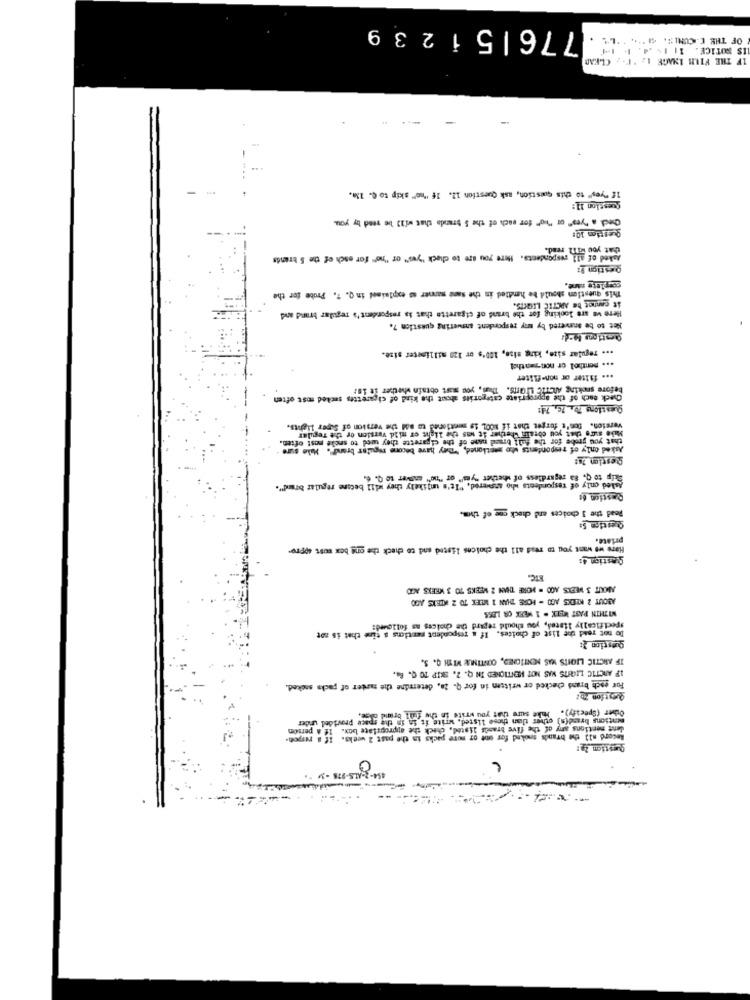
7761512
3 9
OF THE C-CCUNIS. " ". "LL
IS NOTICE. 11 1-4. 1. 14
IF THE FILM INAGE 1. "F. , CLEAR
-
12 "yes" to this question, ask Question 12. If "no" skip to 0. 13.
Question 11:
and a "year" or "he" for each of the $ brando that will be read by you
Question 10:
Asked of all respondents. Here you are to check "yes" or "he" for each of the 5 brands
Qestion 9:
couplets sane.
This question should be handled in the Same manner as explained in Q. 7. Probe for the
it cannot be ARCTIC LIGTIS.
Here we are looking for the brand of cigarette that is respondent's regular brand and
Net to be answered by any respondent answering question 7.
... Tegular size, king size, 100's or 120 millimeter size.
... menthol or non -- athel
.sa filter or non-fliter
before smoking ARCTIC Lions. Thus, you must obtain whether it is!
Check each of the appropriate categorits about the kind of cigarettes sucked most often
version. Don't forget that if MOOL 19 mentioned to add the version of Super lights.
y wed to secke most often.
the full brand mane of the cigarette they tulos to
Make sure that you cbrain whether it was the light er mild version of the regular
Asked only of respondents who mentioned, They have become regular brand". Make sure
gestion 28
Skip to Q. 8a regardless of whether "yes" or "no" answer to Q. 6.
Asked only of respondents who answered, "It's unlikely they adil became regular brand".
Castion 6:
Read the 3 choices and check one of them.
Question 5:
priate.
Hare we want you to read all the choices listed and to check the one box must appro-
gestion 4:
NIC.
ANKIT 3 WEEKS AGO . MORE THAN 2 WEEKS 70 3 WEEKS AGO
ABOUT 2 WEEKS AGO - HORE THAN 1 MEEK TO 2 KDEKS AGO
WITHIN PAST WEEK . 1 WEEK OR LESS
specifically Itated, you should regard the choices as followed:
Do not read the list of choices. If a respondent mentiens a tine that is not
Question 2:
IF ARCTIC LIGHTS WAS MONITONED, CONTINUE WITH Q. S.
IF ARCTIC LIGHTS WAS NOT MENTIONED IN Q. 7. SKIP TO Q. B.
For each brand checked or written in for Q. Za, determine the manter of packs sacked.
Other (Specify).
an those listed, write it in in the space provided under
mations brand(a) other than
dent mentions any of the five brands listed, check the appropriate box. If a person
Record all the brands sooked for one or more packs in the past 2 weeks. If a rumpen-
154- 2-18- 87